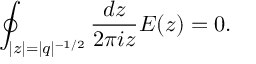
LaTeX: \oint _ { | z | = | q | ^ { - 1 / 2 } } \frac { d z } { 2 \pi i z } E ( z ) = 0 .